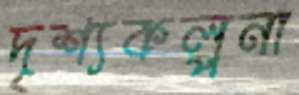
দৃশ্যকল্পনা